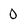
Character: O